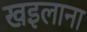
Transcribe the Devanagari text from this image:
खइलाना